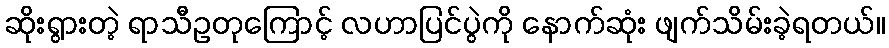
ဆိုးရွားတဲ့ ရာသီဥတုကြောင့် လဟာပြင်ပွဲကို နောက်ဆုံး ဖျက်သိမ်းခဲ့ရတယ်။